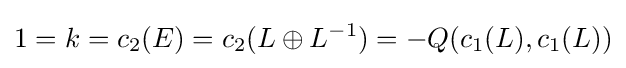
1=k=c_{2}(E)=c_{2}(L\oplus L^{-1})=-Q(c_{1}(L),c_{1}(L))